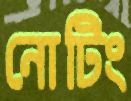
নোটিং